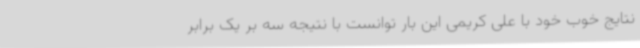
نتایج خوب خود با علی کریمی این بار توانست با نتیجه سه بر یک برابر